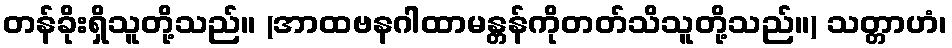
တန်ခိုးရှိသူတို့သည်။ (အာထဗနဂါထာမန္တန်ကိုတတ်သိသူတို့သည်။) သတ္တာဟံ၊